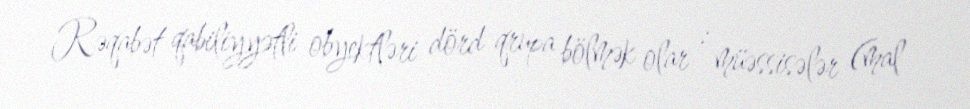
Rəqabət qabiliyyətli obyektləri dörd qrupa bölmək olar : müəssisələr (mal